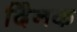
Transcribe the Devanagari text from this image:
दैिनक